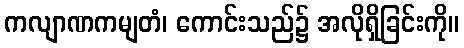
ကလျာဏကမျတံ၊ ကောင်းသည်၌ အလိုရှိခြင်းကို။